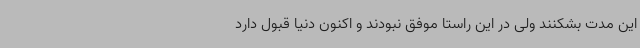
این مدت بشکنند ولی در این راستا موفق نبودند و اکنون دنیا قبول دارد